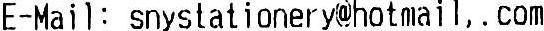
E-MAIL: SNYSTATIONERY@HOTMAIL,.COM